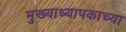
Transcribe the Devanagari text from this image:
मुख्याध्यापकाच्या